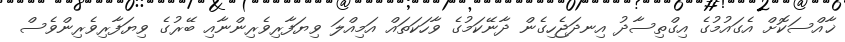
ޚާއްސަކޮށް އެގައުމުގެ އިގްތިސާދު އިނދަޖެހިގެން ދާނޭކަމުގެ ވާހަކަތައް އަމިއްލަ ވިޔަފާރިވެރިންނާއި ބޭރުގެ ވިޔަފާރިވެރިންވެސް